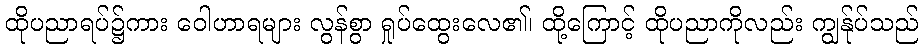
ထိုပညာရပ်၌ကား ဝေါဟာရများ လွန်စွာ ရှုပ်ထွေးလေ၏၊ ထို့ကြောင့် ထိုပညာကိုလည်း ကျွန်ုပ်သည်